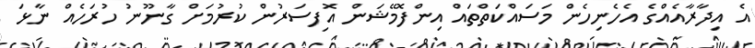
އެ އިދާރާއެއްގެ އެހެނިހެން މަސައްކަތްތައް އިންފޮމޭޝަން އޮފިސަރުން ކުރުމަށް ގާނޫނު ހުރަހެއް ނާޅަ